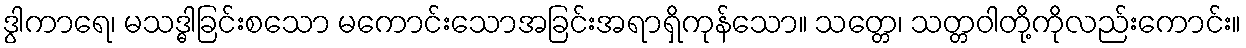
ဒွါကာရေ၊ မသဒ္ဓါခြင်းစသော မကောင်းသောအခြင်းအရာရှိကုန်သော။ သတ္တေ၊ သတ္တဝါတို့ကိုလည်းကောင်း။